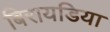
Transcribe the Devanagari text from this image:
बिरायडिया